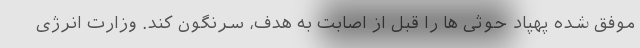
موفق شده پهپاد حوثی ها را قبل از اصابت به هدف، سرنگون کند. وزارت انرژی